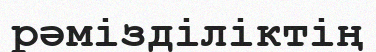
рәмізділіктің